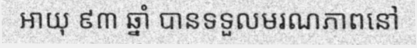
អាយុ ៩៣ ឆ្នាំ បានទទួលមរណភាពនៅ